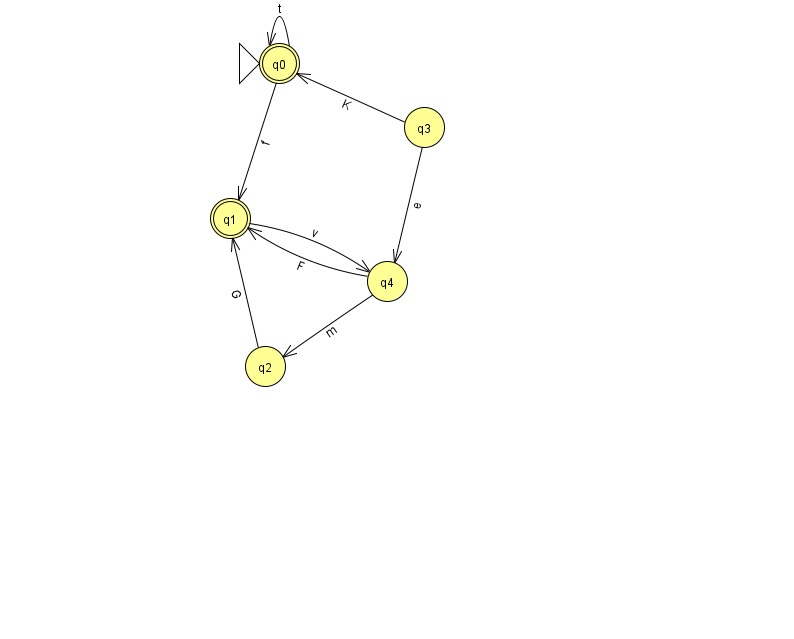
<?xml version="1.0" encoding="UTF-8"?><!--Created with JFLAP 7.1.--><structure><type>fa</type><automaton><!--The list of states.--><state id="0" name="q0"><x>279.0</x><y>50.0</y><initial/><final/></state><state id="1" name="q1"><x>230.0</x><y>205.0</y><final/></state><state id="2" name="q2"><x>265.0</x><y>353.0</y></state><state id="3" name="q3"><x>424.0</x><y>114.0</y></state><state id="4" name="q4"><x>387.0</x><y>268.0</y></state><!--The list of transitions.--><transition><from>3</from><to>4</to><read>e</read></transition><transition><from>0</from><to>0</to><read>t</read></transition><transition><from>1</from><to>4</to><read>v</read></transition><transition><from>2</from><to>1</to><read>G</read></transition><transition><from>4</from><to>1</to><read>F</read></transition><transition><from>3</from><to>0</to><read>K</read></transition><transition><from>4</from><to>2</to><read>m</read></transition><transition><from>0</from><to>1</to><read>f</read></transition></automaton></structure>